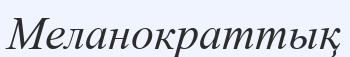
Меланократтық